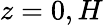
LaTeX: z=0,H